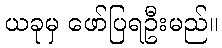
ယခုမှ ဖော်ပြရဦးမည်။